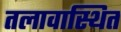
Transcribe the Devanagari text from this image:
तलावास्थित